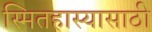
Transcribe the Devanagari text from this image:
स्मितहास्यासाठी